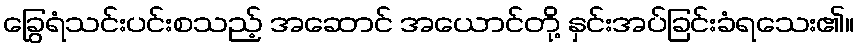
ခြွေရံသင်းပင်းစသည့် အဆောင် အယောင်တို့ နှင်းအပ်ခြင်းခံရသေး၏။